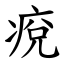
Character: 痥